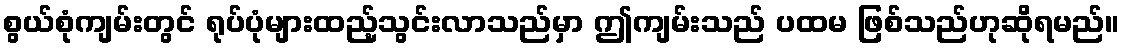
စွယ်စုံကျမ်းတွင် ရုပ်ပုံများထည့်သွင်းလာသည်မှာ ဤကျမ်းသည် ပထမ ဖြစ်သည်ဟုဆိုရမည်။